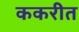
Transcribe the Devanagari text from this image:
ककरीत